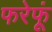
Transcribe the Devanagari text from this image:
फरेफूं